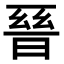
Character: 𭦙